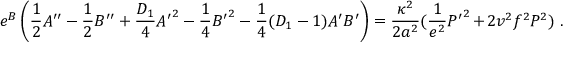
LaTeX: e ^ { B } \left( \frac { 1 } { 2 } A ^ { \prime \prime } - \frac { 1 } { 2 } B ^ { \prime \prime } + \frac { D _ { 1 } } { 4 } { A ^ { \prime } } ^ { 2 } - \frac { 1 } { 4 } { B ^ { \prime } } ^ { 2 } - \frac { 1 } { 4 } ( D _ { 1 } - 1 ) A ^ { \prime } B ^ { \prime } \right) = \frac { \kappa ^ { 2 } } { 2 a ^ { 2 } } ( \frac { 1 } { e ^ { 2 } } { P ^ { \prime } } ^ { 2 } + 2 v ^ { 2 } f ^ { 2 } P ^ { 2 } ) ~ .